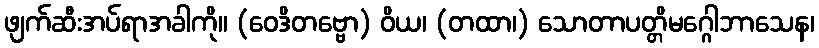
ဖျက်ဆီးအပ်ရာအခါကို။ (ဝေဒိတဗ္ဗော) ဝိယ၊ (တထာ၊) သောတာပတ္တိမဂ္ဂေါဘာသေန၊